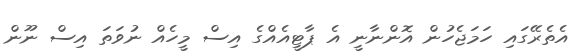
އެތެރޭގައި ހަމަޖެހުން އޮންނާނީ އެ ޕާޓީއެއްގެ އިސް މީހެއް ނުވަތަ އިސް ނޫން